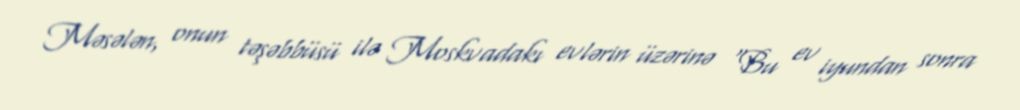
Məsələn, onun təşəbbüsü ilə Moskvadakı evlərin üzərinə “Bu ev iyundan sonra